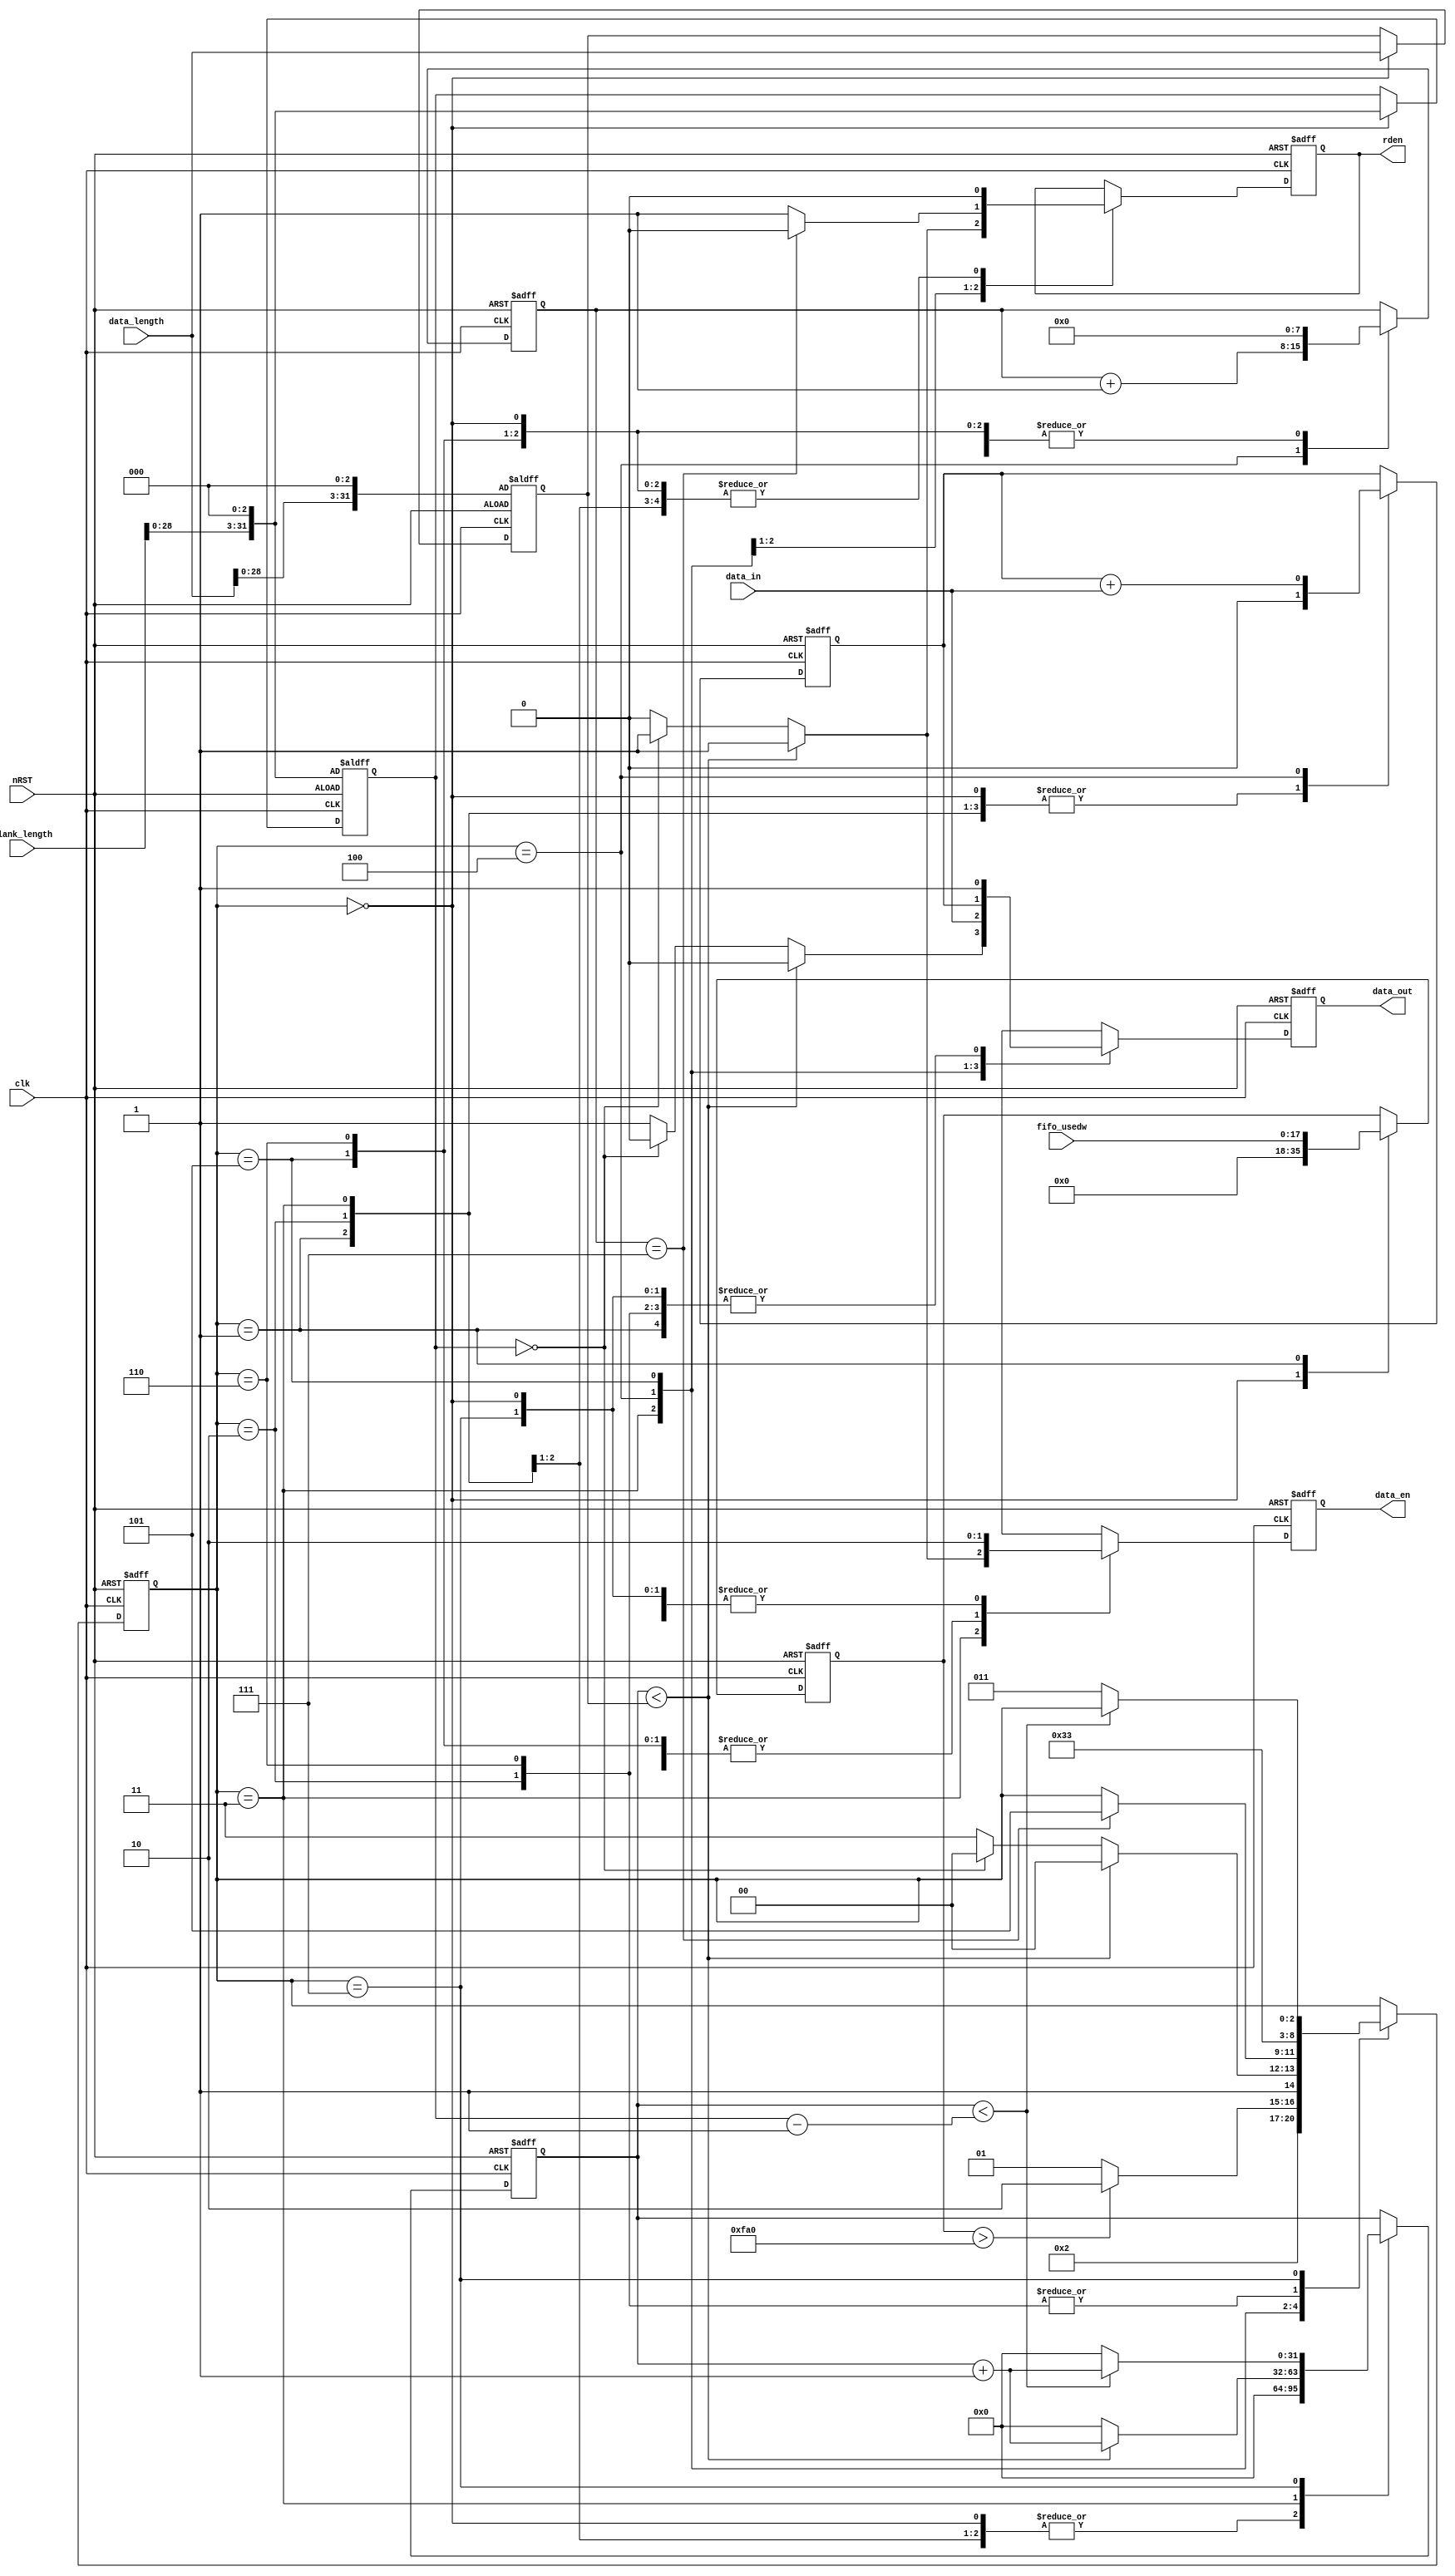
module sourceout_ctrl_uart(
	input clk,//----------------
	input nRST,//---------------0 is active
	
	input [31:0] data_length,//-----------------------4
	input [31:0] blank_length,//----------------------4	
	
	input [17:0] fifo_usedw,//----------------------fifo_rdusedw3000
	
	input data_in,
	
	output reg rden,
	
	output reg data_out,
	output reg data_en//----------------------------
	);

//===================================
//
//===================================
reg [2:0] state;
reg [31:0] pos_num;//-------------------------------,6
reg [31:0] neg_num;//-------------------------------,6
reg [31:0] count;//---------------------------------,6
reg [17:0] fifo_usedw_reg;
reg [7:0] cnt;
reg data_check;
//reg rden;
//=====================================================================================
//=====================================================================================
//	
//=====================================================================================	
parameter   idle = 3'd0,wait_send = 3'd1,start_send = 3'd2,
			send_pos0 = 3'd3,send_pos1 = 3'd4,send_pos2 = 3'd5,send_pos3 = 3'd6,send_neg = 3'd7;
//=====================================================================================	
/*
always @(posedge clk)
begin
	rden_out <= rden;
end
*/
//=====================================================================================
//	
//=====================================================================================	
always @(posedge clk or negedge nRST)
begin
	if(!nRST)
		begin
			data_en <= 1'b0;
			data_out <= 1'b1;
			rden <= 1'b0;
			count <= 32'd0;
			cnt <= 8'd0; 
			data_check <= 1'b0;
			pos_num <= {data_length[28:0],3'd0};
			neg_num <= {blank_length[28:0],3'd0};
			fifo_usedw_reg <= 18'd0;
			state <= idle;
		end	
	else
		case(state)
		idle:
			begin
			data_en <= 1'b0;
			data_out <= 1'b1;
			rden <= 1'b0;
			count <= 32'd0;
			cnt <= 8'd0;
			data_check <= 1'b0;
//			pos_num <= {data_length[28:0],3'd0}+{data_length[30:0],1'b0}+data_length[31:0];
			pos_num <= data_length;
			neg_num <= {blank_length[28:0],3'd0};
			fifo_usedw_reg <= 18'd0;
			state <= wait_send;
			end	
		wait_send://---------------------------------------------------------FIFO_POSTfifo_usedw2000
			begin
				data_en <= 1'b0;
				data_out <= 1'b1;
				rden <= 1'b0;
				count <= 32'd0;
				cnt <= 8'd0;
				data_check <= 1'b0;
				fifo_usedw_reg <= fifo_usedw;
				if(fifo_usedw_reg > 18'd4000)
					state <= start_send;
				else
					state <= wait_send;
			end	
		start_send:
			begin
				data_en <= 1'b0;
				data_out <= 1'b1;
				rden <= 1'b0;
				count <= 32'd0;
				cnt <= 8'd0;
				data_check <= 1'b0;
				state <= send_pos0;
			end	
		send_pos0://---------------------------------------------------------pos_numFIFO
			begin			
		//		rden <= 1'b0;
				cnt <= 8'd0;
				data_check <= 1'b0;			
				if(count < pos_num)
				begin
					count <= count + 1'b1;
					state <= send_pos1;
					data_out <= 1'b0;//---start bit
					data_en <= 1'b1;
					rden <= 1'b1;
				end
				else	
				begin
					count <= 32'd0;
					if(neg_num == 32'd0)//-----------------------------------neg_length = 0
					begin
						state <= send_pos1;	
						data_out <= 1'b0;//---start bit
						data_en <= 1'b1;
						rden <= 1'b1;
					end					
					else
					begin
						state <= send_neg;
						data_out <= 1'b1;
						data_en <= 1'b0;
						rden <= 1'b0;
					end	
				end	
			end
		send_pos1:
			begin
				data_en <= 1'b1;
				data_out <= data_in;//---data bit
				rden <= 1'b1;
				cnt <= cnt + 1'b1;
				data_check <= data_check + data_in;
				if(cnt == 8'd7)
					rden <= 1'b0;
				if(cnt == 8'd7)
					state <= send_pos2;
			end
		send_pos2:
			begin
				data_en <= 1'b1;
				data_out <= data_check;//---check bit
				rden <= 1'b0;
				cnt <= 8'd0;
				state <= send_pos3;
			end	
		send_pos3:
			begin
				data_en <= 1'b1;
				data_out <= 1'b1;//---end bit
				rden <= 1'b0;
				cnt <= 8'd0;
				state <= send_pos0;
			end		
		send_neg://----------------------------------------------------------neg_num0
			begin
				data_en <= 1'b0;
				data_out <= 1'b1;
				if(count < neg_num-1)
					count <= count + 1'b1;
				else	
				begin
					count <= 32'd0;
					state <= send_pos0;
				end	
			end		
		default:
				state <= idle;
		endcase	
end		
	
endmodule